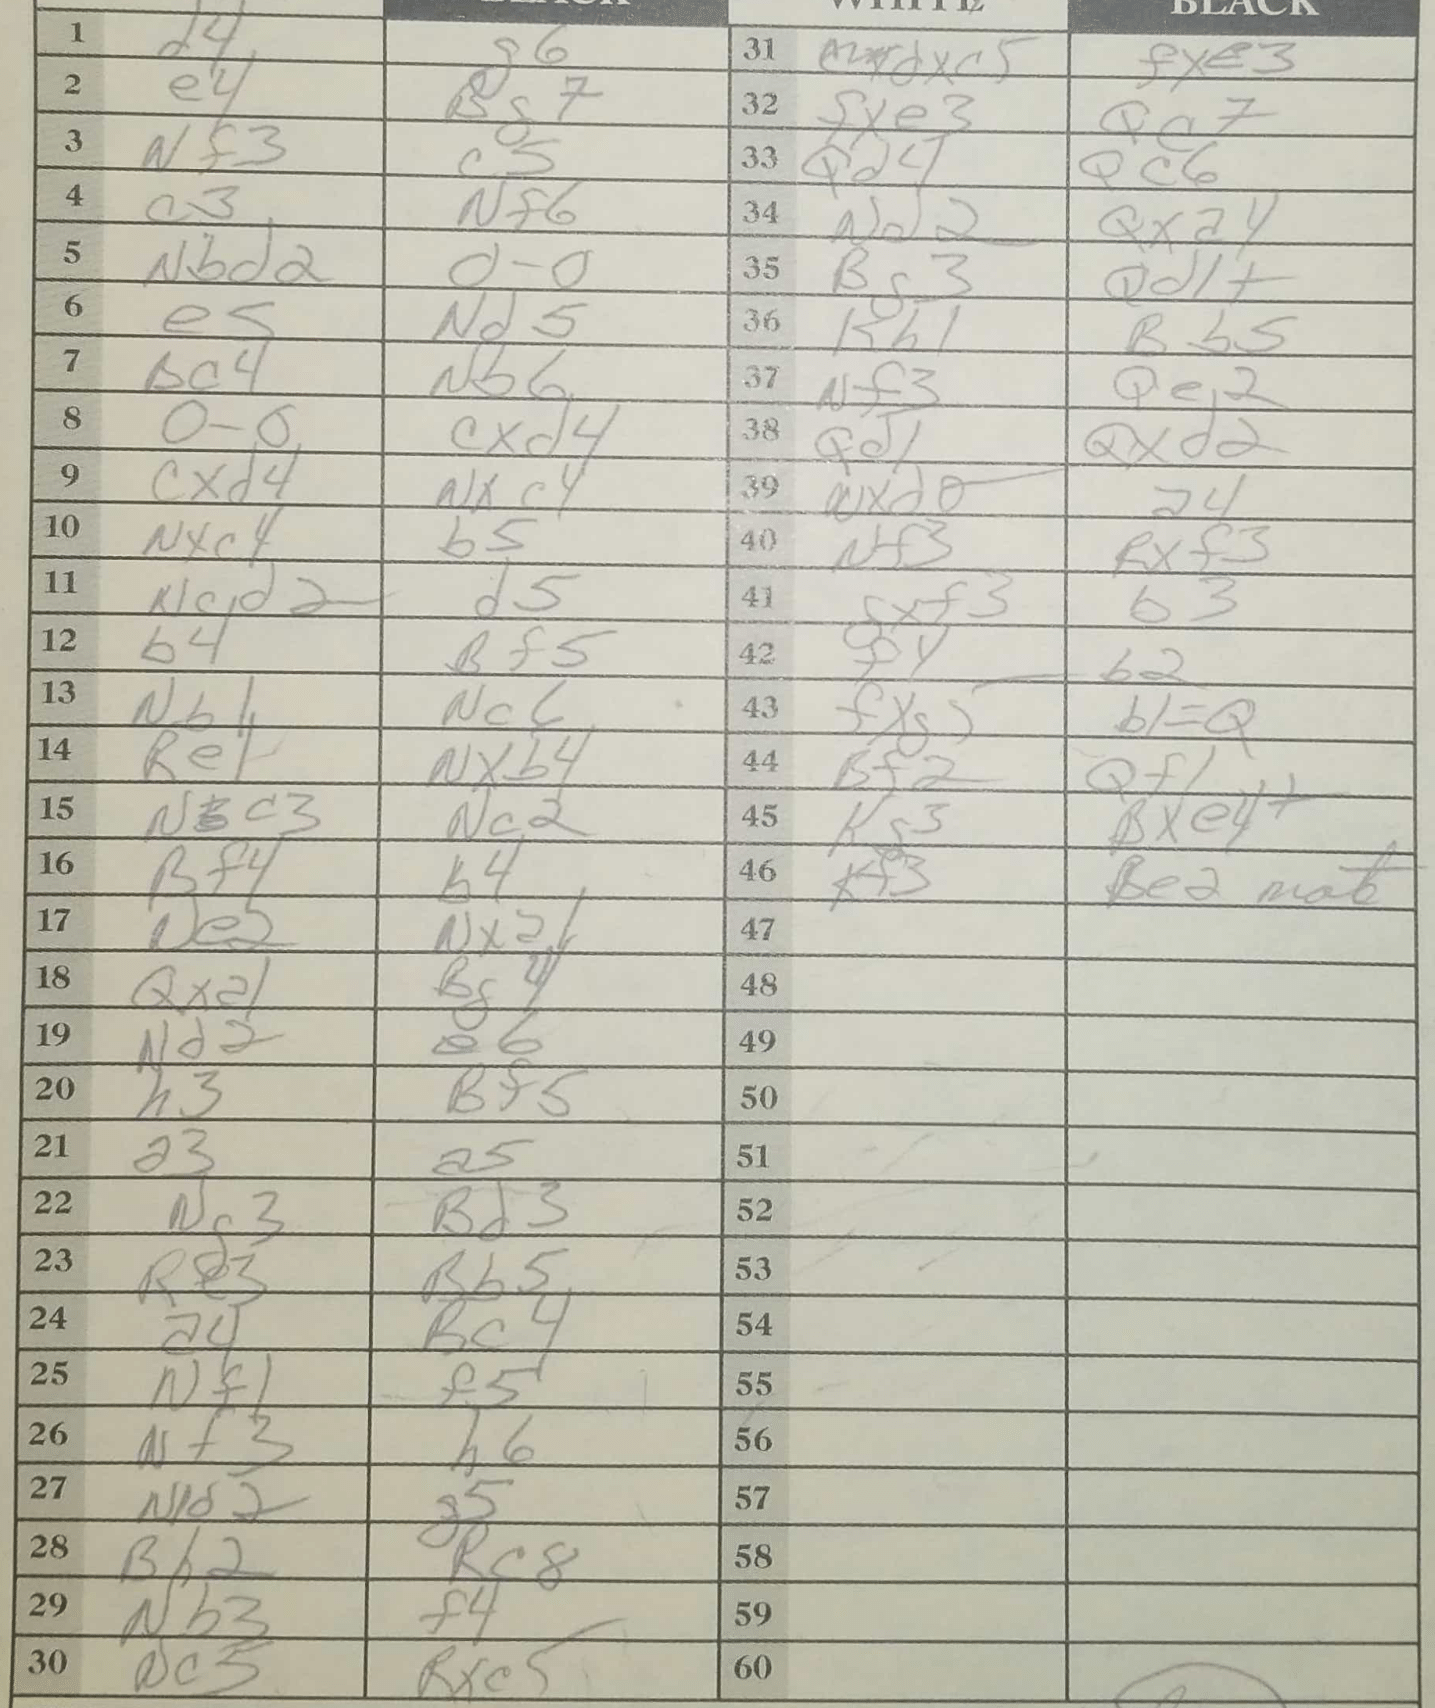
Moves: d4 g6 e4 Bg7 Nf3 c5 c3 Nf6 Nbd2 O-O e5 Nd5 Bc4 Nb6 O-O cxd4 cxd4 Nxc4 Nxc4 b5 Ncd2 d5 b4 Bf5 Nb1 Nc6 Re1 Nxb4 Nc3 Nc2 Bf4 b4 Ne2 Nxa1 Qxa1 Bg4 Nd2 e6 h3 Bf5 a3 a5 Ng3 Bd3 Re3 Bb5 a4 Bc4 Nf1 f5 Nf3 h6 Nd2 g5 Bh2 Rc8 Nb3 f4 Nc5 Rxc5 dxc5 fxe3 fxe3 Qc7 Qd4 Qc6 Nd2 Qxa4 Bg3 Qd1+ Kh1 Bb5 Nf3 Qe2 Qd1 Qxd2 Nxd6 a4 Nf3 Rxf3 gxf3 b3 f4 b2 fxg5 b1=Q Bf2 Qf1 Kg3 Bxe4+ Kf3 Be2